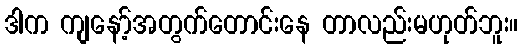
ဒါက ကျနော့်အတွက်တောင်းနေ တာလည်းမဟုတ်ဘူး။